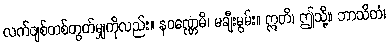
လက်ဖျစ်တစ်တွတ်မျှကိုလည်း။ နဝဏ္ဏေမိ၊ မချီးမွမ်း။ ဣတိ၊ ဤသို့။ ဘာသိတံ၊